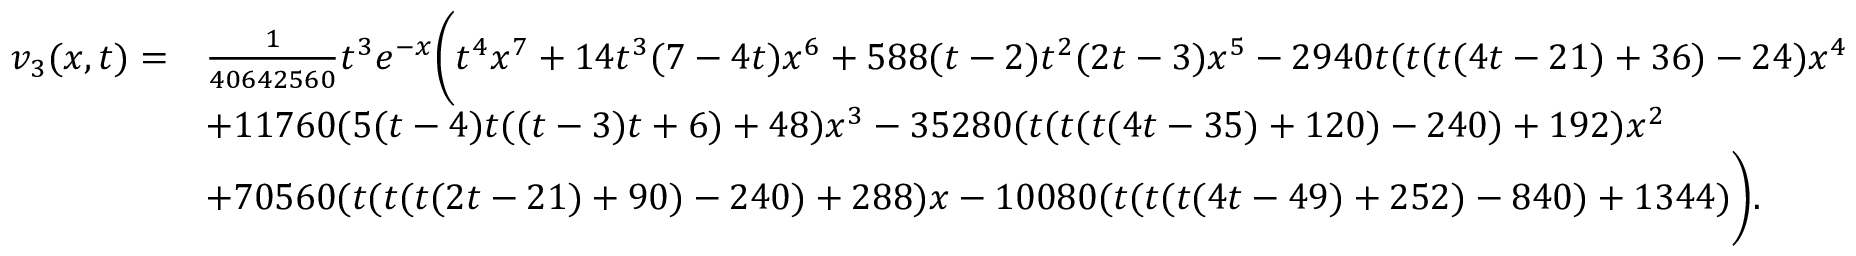
\begin{array} { r l } { v _ { 3 } ( x , t ) = } & { \frac { 1 } { 4 0 6 4 2 5 6 0 } t ^ { 3 } e ^ { - x } \bigg ( t ^ { 4 } x ^ { 7 } + 1 4 t ^ { 3 } ( 7 - 4 t ) x ^ { 6 } + 5 8 8 ( t - 2 ) t ^ { 2 } ( 2 t - 3 ) x ^ { 5 } - 2 9 4 0 t ( t ( t ( 4 t - 2 1 ) + 3 6 ) - 2 4 ) x ^ { 4 } } \\ & { + 1 1 7 6 0 ( 5 ( t - 4 ) t ( ( t - 3 ) t + 6 ) + 4 8 ) x ^ { 3 } - 3 5 2 8 0 ( t ( t ( t ( 4 t - 3 5 ) + 1 2 0 ) - 2 4 0 ) + 1 9 2 ) x ^ { 2 } } \\ & { + 7 0 5 6 0 ( t ( t ( t ( 2 t - 2 1 ) + 9 0 ) - 2 4 0 ) + 2 8 8 ) x - 1 0 0 8 0 ( t ( t ( t ( 4 t - 4 9 ) + 2 5 2 ) - 8 4 0 ) + 1 3 4 4 ) \bigg ) . } \end{array}